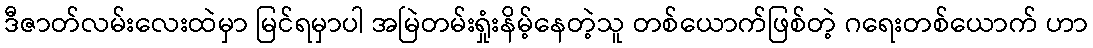
ဒီဇာတ်လမ်းလေးထဲမှာ မြင်ရမှာပါ အမြဲတမ်းရှုံးနိမ့်နေတဲ့သူ တစ်ယောက်ဖြစ်တဲ့ ဂရေးတစ်ယောက် ဟာ